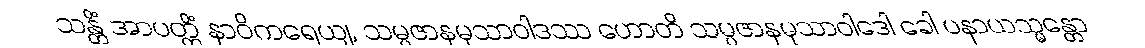
သန္တိံ အာပတ္တိံ နာဝိကရေယျ, သမ္ပဇာနမုသာဝါဒဿ ဟောတိ သမ္ပဇာနမုသာဝါဒေါ ခေါ ပနာယသ္မန္တော